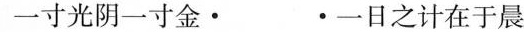
一寸光阴一寸金· ·一日之计在于晨